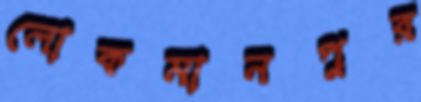
লোকমানপুর